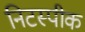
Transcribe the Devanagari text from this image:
निटस्पीक